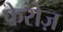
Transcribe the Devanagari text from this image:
फेरोज़